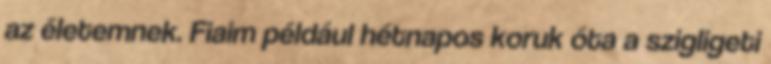
az életemnek. Fiaim például hétnapos koruk óta a szigligeti